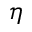
\eta